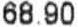
68.90